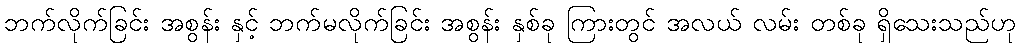
ဘက်လိုက်ခြင်း အစွန်း နှင့် ဘက်မလိုက်ခြင်း အစွန်း နှစ်ခု ကြားတွင် အလယ် လမ်း တစ်ခု ရှိသေးသည်ဟု